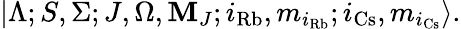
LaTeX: |\Lambda;S,\Sigma;J,\Omega,\mathbf{M}_{J};i_{\mathrm{{Rb}}},m_{i_{\mathrm{{Rb}}}};i_{\mathrm{{Cs}}},m_{i_{\mathrm{{Cs}}}}\rangle.